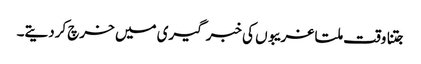
جتنا وقت ملتا غریبوں کی خبر گیری میں خرچ کردیتے۔